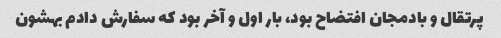
پرتقال و بادمجان افتضاح بود، بار اول و آخر بود که سفارش دادم بهشون